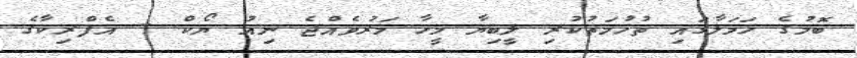
ބޮމުގެ ހަމަލާގައި ތުހުމަތުކުރި ލީބިޔާ މީހާ މަރުވެއްޖެ ނިއު ޔޯކް - އެފްރިކާގެ